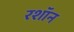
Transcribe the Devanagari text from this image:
रशॉन